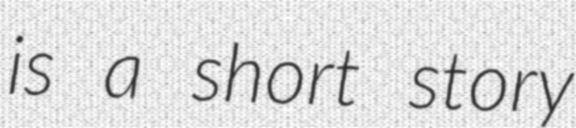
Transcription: is a short story